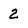
Character: 2